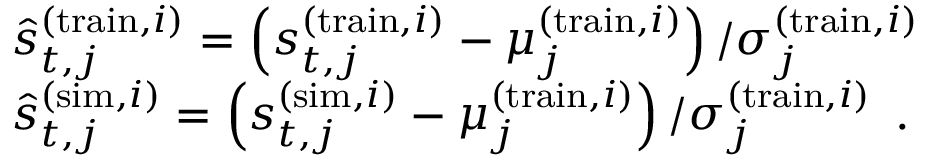
\begin{array} { r l } & { \hat { s } _ { t , j } ^ { ( \mathrm { t r a i n } , i ) } = \left( s _ { t , j } ^ { ( \mathrm { t r a i n } , i ) } - \mu _ { j } ^ { ( \mathrm { t r a i n } , i ) } \right) / \sigma _ { j } ^ { ( \mathrm { t r a i n } , i ) } } \\ & { \hat { s } _ { t , j } ^ { ( \mathrm { s i m } , i ) } = \left( s _ { t , j } ^ { ( \mathrm { s i m } , i ) } - \mu _ { j } ^ { ( \mathrm { t r a i n } , i ) } \right) / \sigma _ { j } ^ { ( \mathrm { t r a i n } , i ) } \enspace . } \end{array}